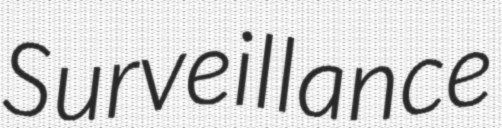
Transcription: Surveillance